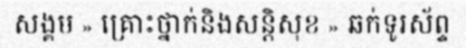
សង្គម » គ្រោះថ្នាក់និងសន្តិសុខ » ឆក់ទូរស័ព្ទ